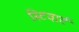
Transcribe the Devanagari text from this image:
स्टिवार्ट